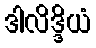
ဒါလိဒ္ဒိယံ